Lock hospitals Punjab
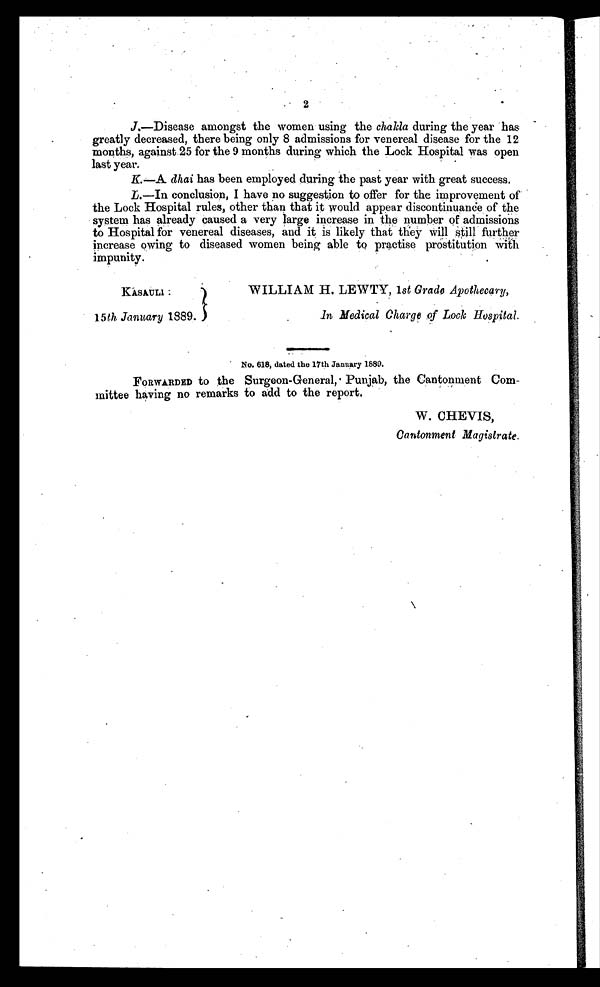
2
J.—Disease amongst the women using the chakla during the year has
greatly decreased, there being only 8 admissions for venereal disease for the 12
months, against 25 for the 9 months during which the Lock Hospital was open
last year.
K. —A dhai has been employed during the past year with great success.
L. —In conclusion, I have no suggestion to offer for the improvement of
the Lock Hospital rules, other than that it would appear discontinuance of the
system has already caused a very large increase in the number of admissions
to Hospital for venereal diseases, and it is likely that they will still further
increase owing to diseased women being able to practise prostitution with
impunity.
KASAULI :
15th January 1889.
WILLIAM H. LEWTY, 1st Grade Apothecary,
I n M e d i c a l C h a r g e o f L o c k H o s p i t a l .
No. 618, dated the 17th January 1889.
FORWARDED to the Surgeon-General, . Punjab, the Cantonment Com-
-mittee having no remarks to add to the report.
W. CHEVIS,
Cantonment Magistrate.